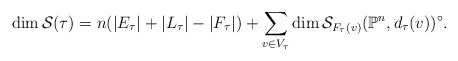
\begin{align*}\dim\mathcal{S}(\tau)=n(|E_{\tau}|+|L_{\tau}|-|F_{\tau}|)+\sum_{v\in V_{\tau}}\dim\mathcal{S}_{F_{\tau}(v)}(\mathbb{P}^{n},d_\tau(v))^{\circ}.\end{align*}